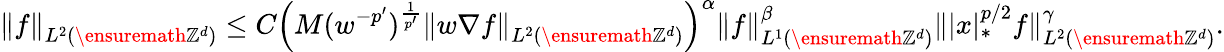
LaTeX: \left\| f\right\| _{L^{2}\left(\ensuremath{\mathbb{Z}^{d}}\right)}\leq C\left(M(w^{-p^{\prime}})^{\frac{1}{p^{\prime}}}\left\| w\nabla f\right\| _{L^{2}\left(\ensuremath{\mathbb{Z}^{d}}\right)}\right)^{\alpha}\left\| f\right\| _{L^{1}\left(\ensuremath{\mathbb{Z}^{d}}\right)}^{\beta}\| |x|_{*}^{p/2}f\| _{L^{2}\left(\ensuremath{\mathbb{Z}^{d}}\right)}^{\gamma}.